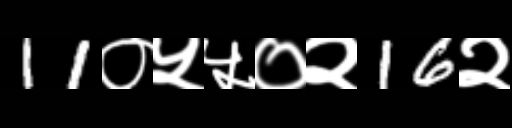
Text: 11०५५०२16२